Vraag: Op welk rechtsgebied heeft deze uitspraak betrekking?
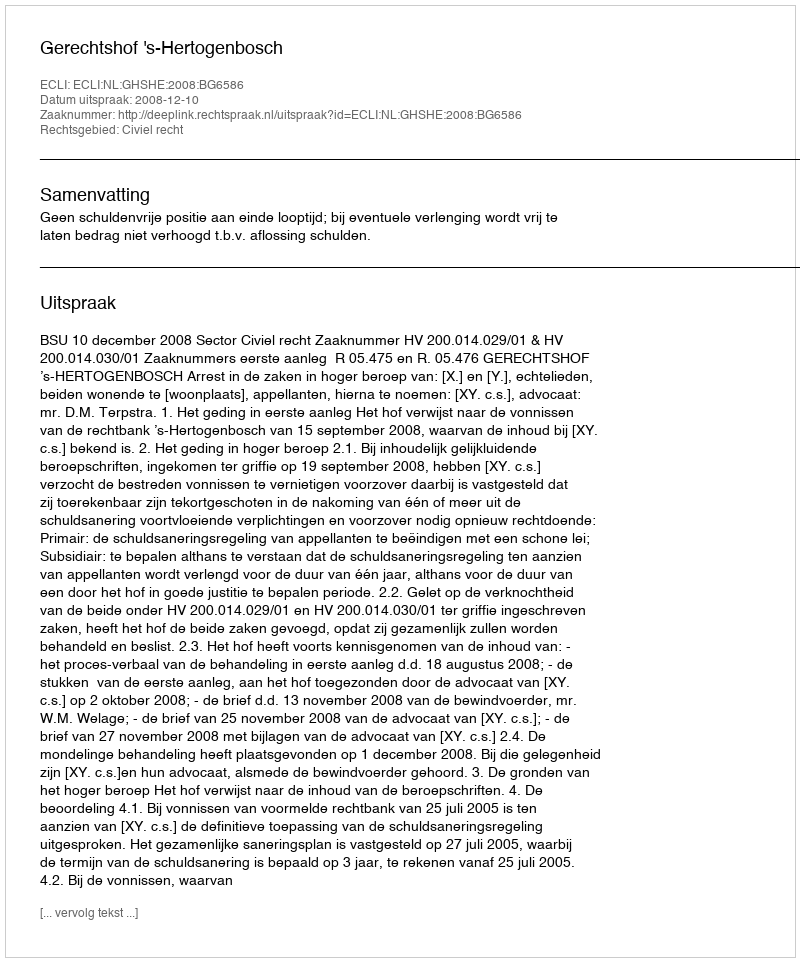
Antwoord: Civiel recht